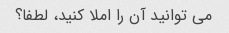
می توانید آن را املا کنید، لطفا؟